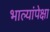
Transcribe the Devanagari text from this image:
भाल्यांपेक्षा